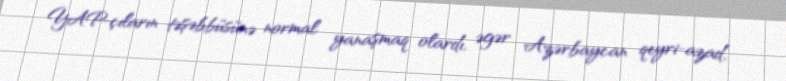
YAP-çıların təşəbbüsünə normal yanaşmaq olardı, əgər Azərbaycan qeyri-azad,